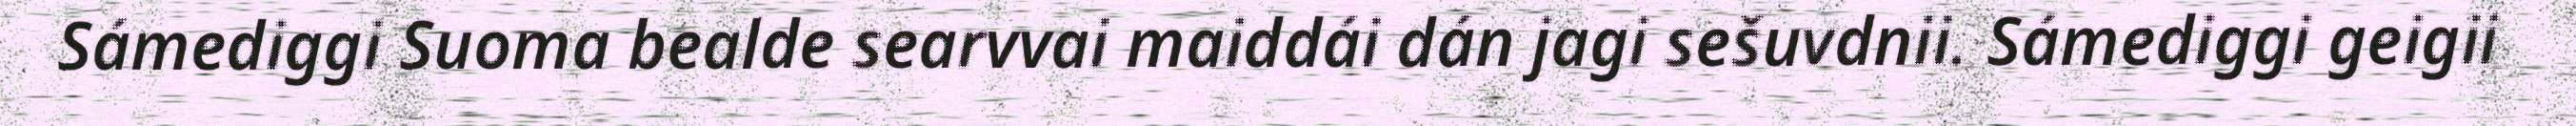
Sámediggi Suoma bealde searvvai maiddái dán jagi sešuvdnii. Sámediggi geigii